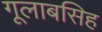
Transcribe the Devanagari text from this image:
गूलाबसिह